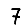
Digit: 7